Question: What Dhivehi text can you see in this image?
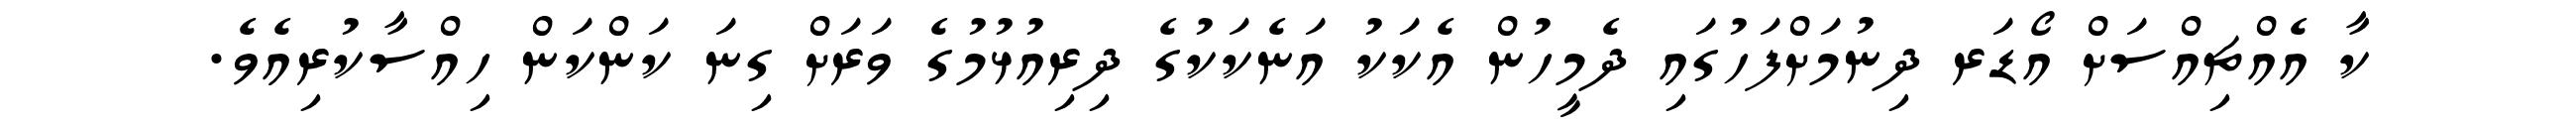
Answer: ކާ އެއްޗިއްސަށް އޯޑަރ ދިނުމަށްފަހުގައި ދެމީހުން އެކަކު އަނެކަކުގެ ދިރިއުޅުމުގެ ވަރަށް ގިނަ ކަންކަން ހިއްސާކުރިއެވެ.